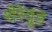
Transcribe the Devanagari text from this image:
शेरेवुड